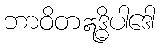
ဘာဝိတဣဒ္ဓိပါဒေါ